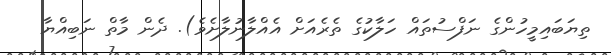
ތިޔަބައިމީހުންގެ ނަފްސުތައް ހަލާކުގެ ތެރެއަށް އެއްލާނުލާށެވެ). ދެން މާތް ނަބިއްޔާ